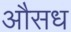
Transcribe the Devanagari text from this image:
औसध